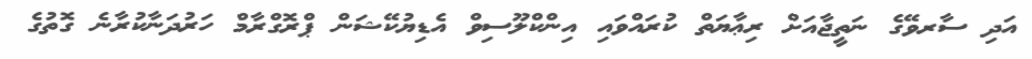
އަދި ސާރވޭގެ ނަތީޖާއަށް ރިޢާޔަތް ކުރައްވައި އިންކްލޫސިވް އެޑިޔުކޭޝަން ޕްރޮގްރާމް ހަރުދަނާކުރާނެ ގޮތުގެ